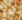
نهر